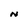
Character: N